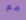
مع